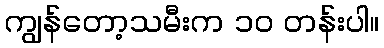
ကျွန်တော့သမီးက ၁၀ တန်းပါ။